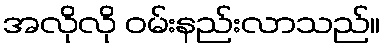
အလိုလို ဝမ်းနည်းလာသည်။